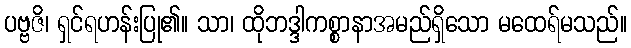
ပဗ္ဗဇိ၊ ရှင်ရဟန်းပြု၏။ သာ၊ ထိုဘဒ္ဒါကစ္စာနာအမည်ရှိသော မထေရ်မသည်။